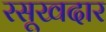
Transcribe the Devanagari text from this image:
रसूखदार